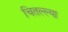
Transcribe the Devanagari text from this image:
चितल्ल्या